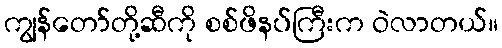
ကျွန်တော်တို့ဆီကို စစ်ဖိနပ်ကြီးက ဝဲလာတယ်။